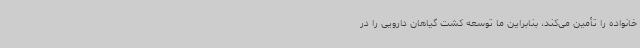
خانواده را تأمین می‌کند، بنابراین ما توسعه کشت گیاهان دارویی را در